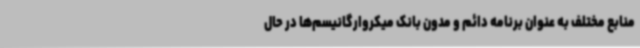
منابع مختلف به عنوان برنامه دائم و مدون بانک میکروارگانیسم‌ها در حال